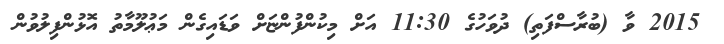
2015 ވާ (ބުރާސްފަތި) ދުވަހުގެ 11:30 އަށް މިކުންފުންޏަށް ވަޑައިގެން މަޢުލޫމާތު އޮޅުންފިލުވުން